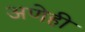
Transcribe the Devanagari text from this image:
अणेही